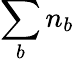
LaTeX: \sum_{b}n_{b}